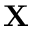
\textbf { X }